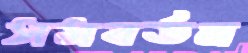
সমবর্তন